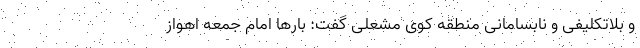
و بلاتکلیفی و نابسامانی منطقه کوی مشعلی گفت: بارها امام جمعه اهواز